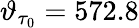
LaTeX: \vartheta_{\tau_{0}}=572.8